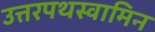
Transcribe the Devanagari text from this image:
उत्तरपथस्वामिन